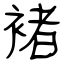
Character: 褚